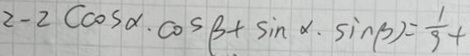
2 - 2 ( \cos \alpha . \cos \beta + \sin \alpha . \sin \beta ) = \frac { 1 } { 9 } +